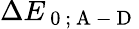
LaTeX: \Delta E_{\mathrm{~0~;~A~-~D~}}